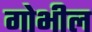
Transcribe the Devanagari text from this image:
गोभील